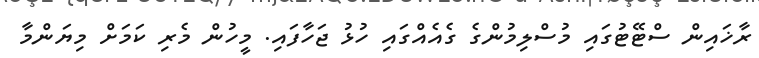
ރާޚައިން ސްޓޭޓުގައި މުސްލިމުންގެ ގެއެއްގައި ހުޅު ޖަހާފައި. މީހުން މެރި ކަމަށް މިޔަންމާ